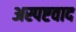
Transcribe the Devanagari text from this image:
अस्पष्टवाद